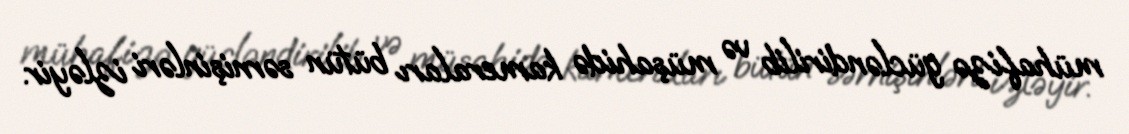
mühafizə gücləndirilib və müşahidə kameraları bütün sərnişinləri izləyir.